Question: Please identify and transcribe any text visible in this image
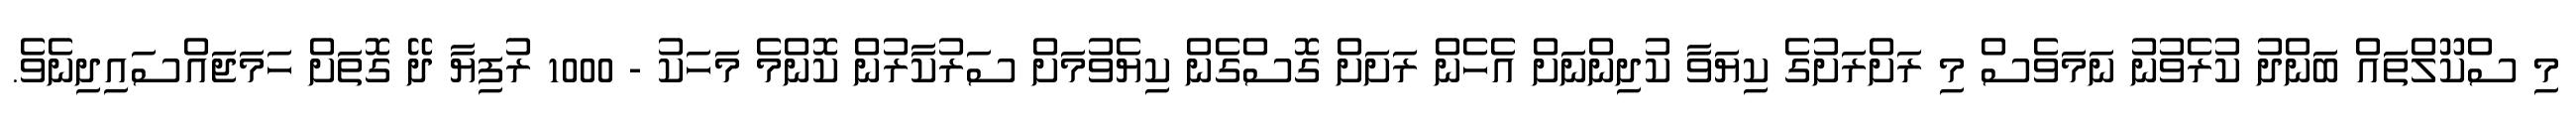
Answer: މި ސްކޫލްތައް ބަންދު ކުރެވުނު ނަމަވެސް މި ރަށްރަށުގެ ކިޔަވާ ކުދިންނަށް އެހެން ރަށަށް ގޮސްގެން ކިޔެވުމަށް ސަރުކާރުން ކޮންމެ މަހަކު - 1000 ރުފިޔާ ދޭ ގޮތަށް ހަމަޖައްސައިދިނެވެ.